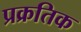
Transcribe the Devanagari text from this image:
प्रक्रतिक